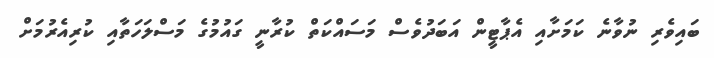
ބައިވެރި ނުވާނެ ކަމަށާއި އެޕާޓީން އަބަދުވެސް މަސައްކަތް ކުރާނީ ގައުމުގެ މަސްލަހަތާއި ކުރިއެރުމަށް